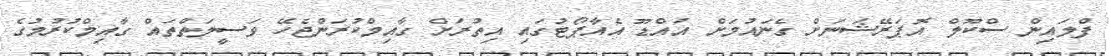
ފްލައިން ސްކޫލް އޮޕަރޭޝަނަށް ގެނައުމަށް އައްޑޫ އެއާޕޯޓުގައި އިތުރަށް ގާއިމްކުރަންޖެހޭ ވަސީލަތްތައް ގާއިމްކުރުމުގެ